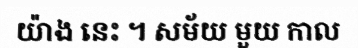
យ៉ាង នេះ ។ សម័យ មួយ កាល